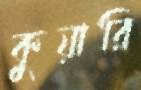
কুয়ারি